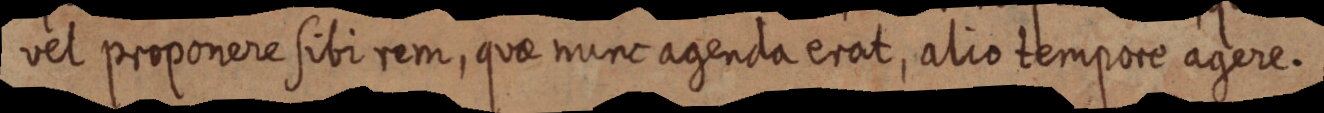
vel proponere sibi rem, quae nunc agenda erat, alio tempore agere.